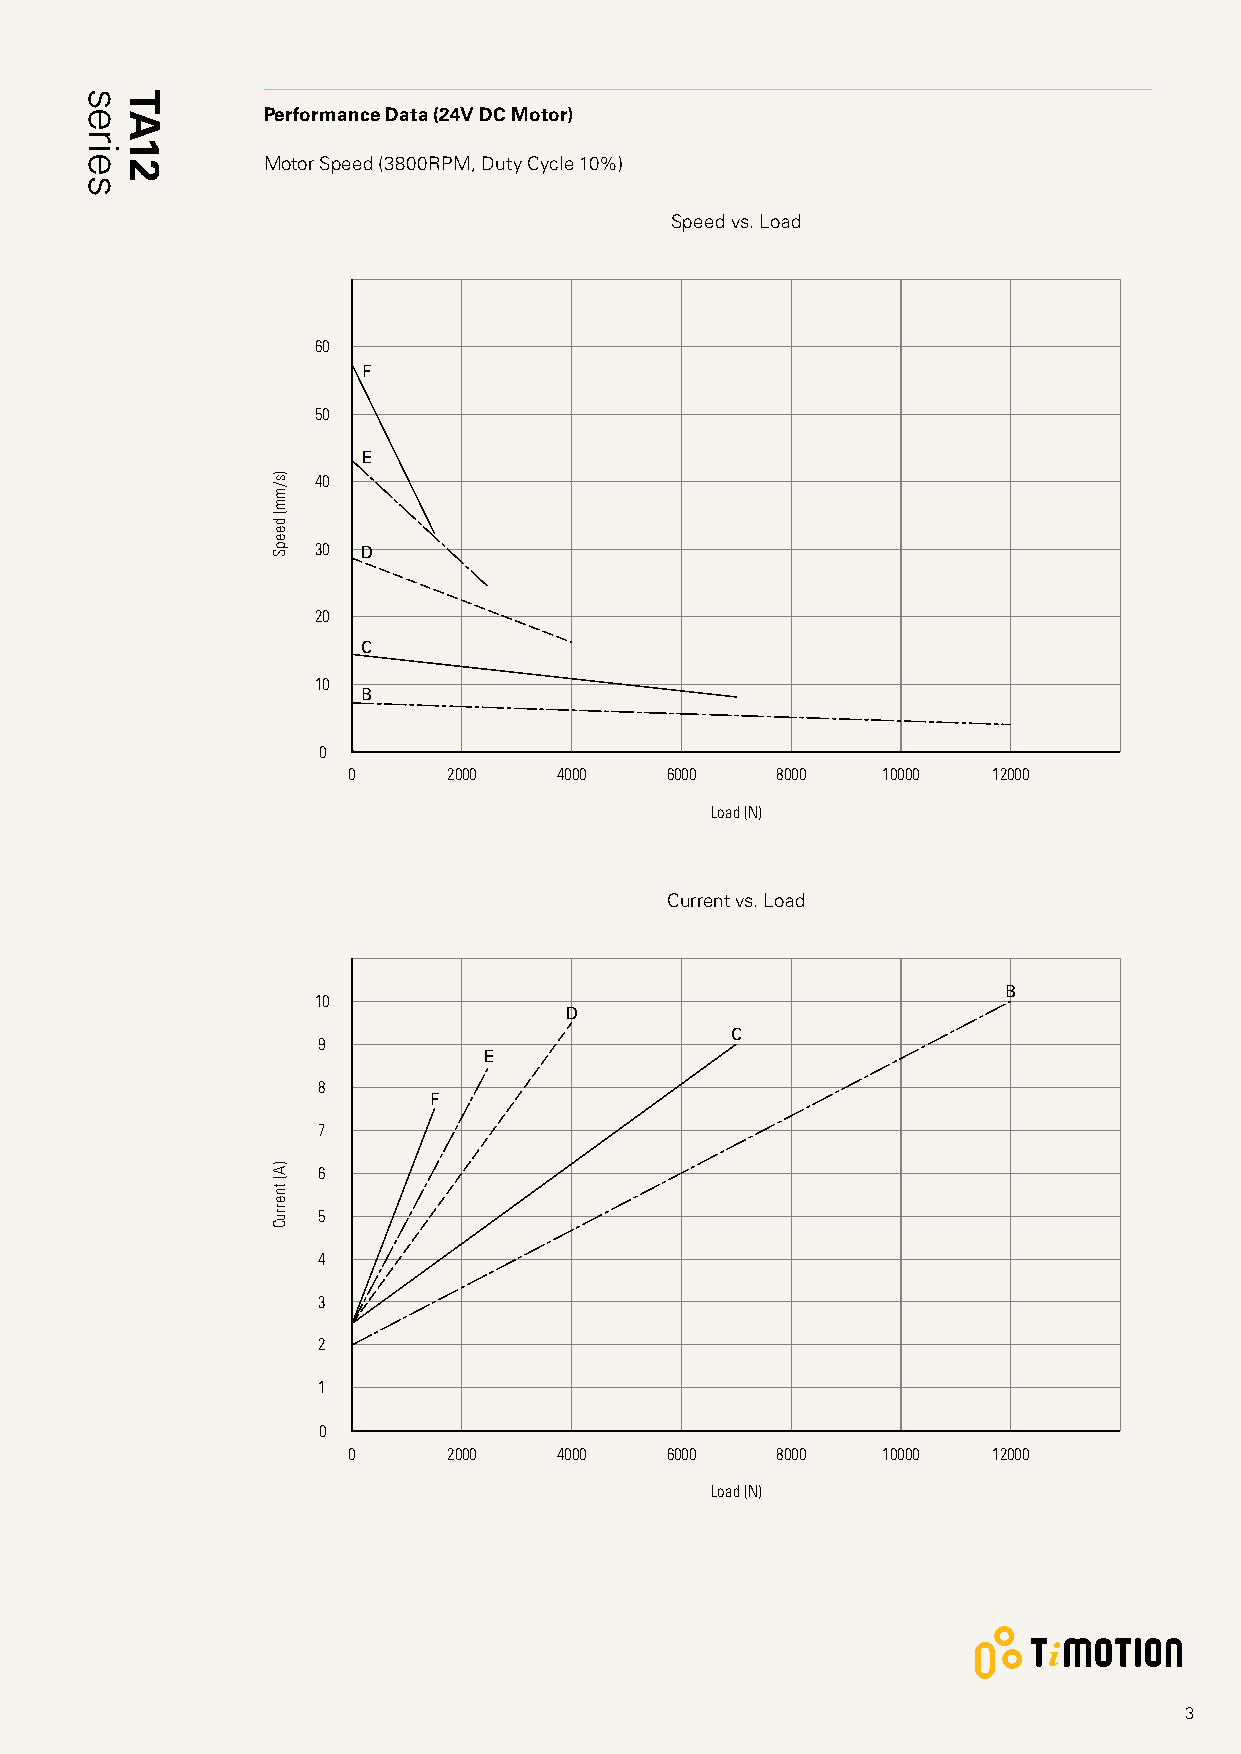
Performance Data (24V DC Motor)
 Motor Speed (3800RPM, Duty Cycle 10%)
 Speed vs. Load
 60
 F
 50
 E
 40
 30 D
 20
 C
 10
 B
 0
 0      2000   4000   6000   8000   10000   12000
 Load (N)
 Current vs. Load
 B
 10
 D
 C
 9
 E
 8
 F
 7
 6
 5
 4
 3
 2
 1
 0
 0      2000   4000   6000   8000   10000   12000
 Load (N)
 3
 series TA12
 )s/mm(
 deepS
 )A(
 tnerruC